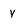
Character: y